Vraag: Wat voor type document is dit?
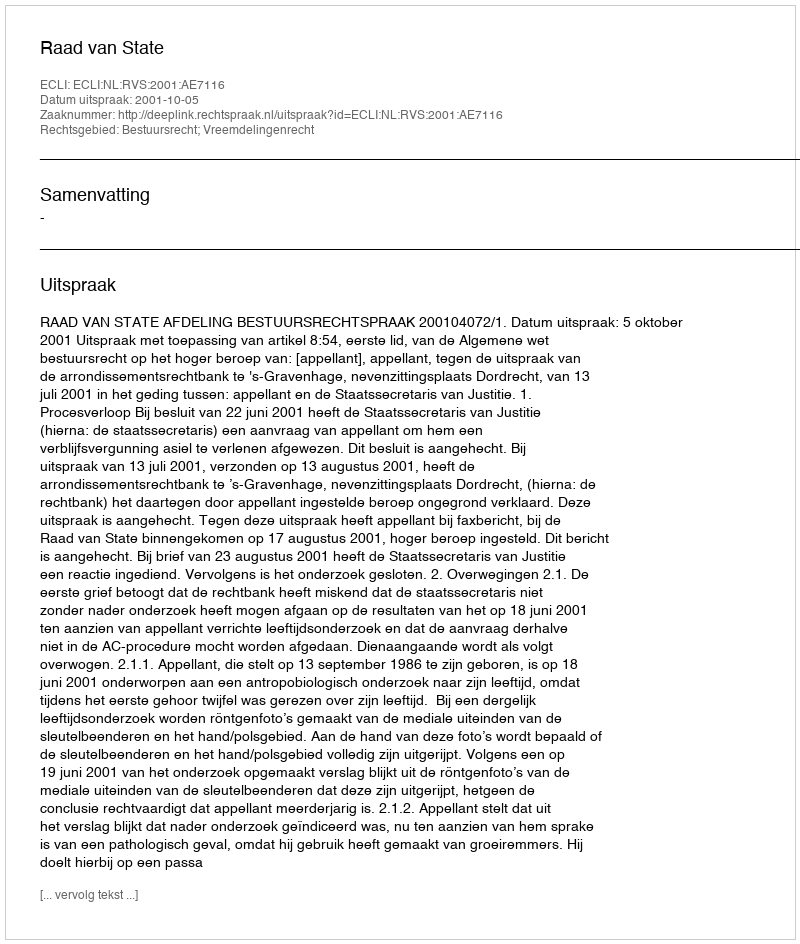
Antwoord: Uitspraak